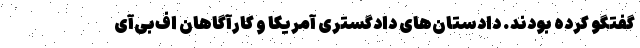
گفتگو کرده‌ بودند. دادستان‌های دادگستری آمریکا و کارآگاهان اف‌بی‌آی